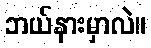
ဘယ်နားမှာလဲ။